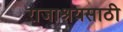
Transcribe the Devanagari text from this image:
राजाश्रयसाठी